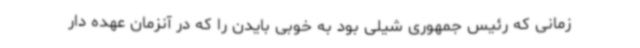
زمانی که رئیس جمهوری شیلی بود به خوبی بایدن را که در آنزمان عهده دار